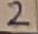
Text: 2